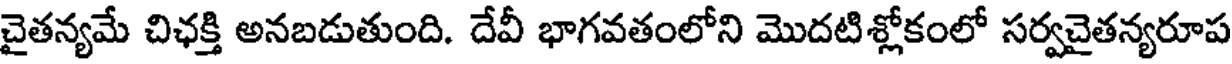
చైతన్యమే చిఛక్తి అనబడుతుంది. దేవీ భాగవతంలోని మొదటిశ్లోకంలో సర్వచైతన్యరూప